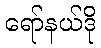
ရော်နယ်ဒို